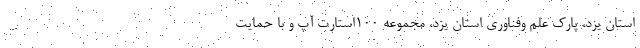
استان یزد، پارک علم وفناوری استان یزد، مجموعه 100استارت آپ و با حمایت